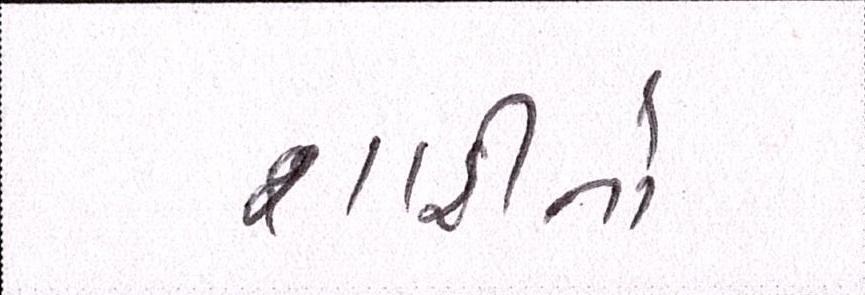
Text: શાહીનો